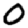
Digit: 0